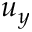
u _ { y }